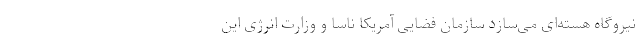
نیروگاه هسته‌ای می‌سازد سازمان فضایی آمریکا ناسا و وزارت انرژی این